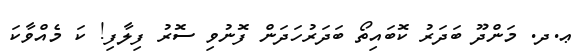
ޢ.ދ. މަންދޫ ބަދަރު ކޮބައިތޯ ބަދަރުހަދަން ފޮނުވި ސޮރު ފިލާފި! ކަ މެއްވާކަ